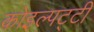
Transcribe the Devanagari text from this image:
कोइल्पट्टी